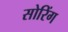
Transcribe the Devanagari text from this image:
सोरिंग